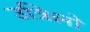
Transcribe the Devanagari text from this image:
उत्रिलो